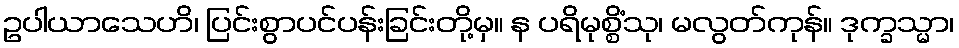
ဥပါယာသေဟိ၊ ပြင်းစွာပင်ပန်းခြင်းတို့မှ။ န ပရိမုစ္စိံသု၊ မလွတ်ကုန်။ ဒုက္ခသ္မာ၊